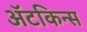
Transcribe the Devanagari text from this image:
अॅटकिन्स